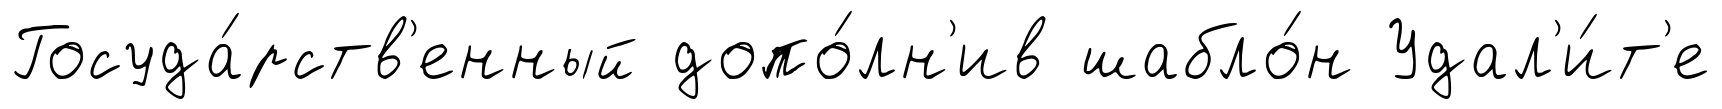
Госуда́рств'енный допо́лн'ив шабло́н Удал'и́т'е